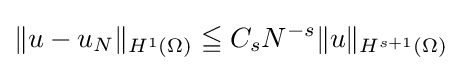
\|u-u_{N}\|_{H^{1}(\Omega )}\leqq C_{s}N^{-s}\|u\|_{H^{s+1}(\Omega )}